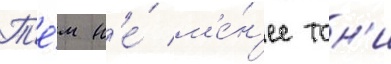
Т'е́м н'е́ м'е́н'ее тон'и